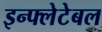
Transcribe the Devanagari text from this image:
इन्फ्लेटेबल